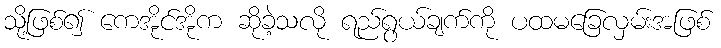
သို့ဖြစ်၍ ကေအိုင်အိုက ဆိုခဲ့သလို ရည်ရွယ်ချက်ကို ပထမခြေလှမ်းအဖြစ်